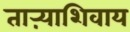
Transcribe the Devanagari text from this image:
ताऱ्याशिवाय